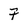
Character: 7